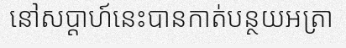
នៅសប្តាហ៍នេះបានកាត់បន្ថយអត្រា